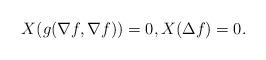
LaTeX: \begin{align*} X (g( \nabla f, \nabla f )) = 0,X(\Delta f) = 0.\end{align*}